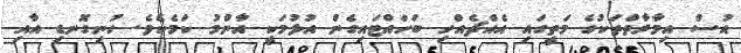
އުސް އިމާރާތްތަކުގެ މަތީގައި އެއްޗެއްހި ބަހައްޓައިގެން އުޅުމަކީ އާންމު ކަމެކެވެ. ހުނިގޮނޑި އާއި